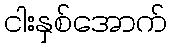
ငါးနှစ်အောက်